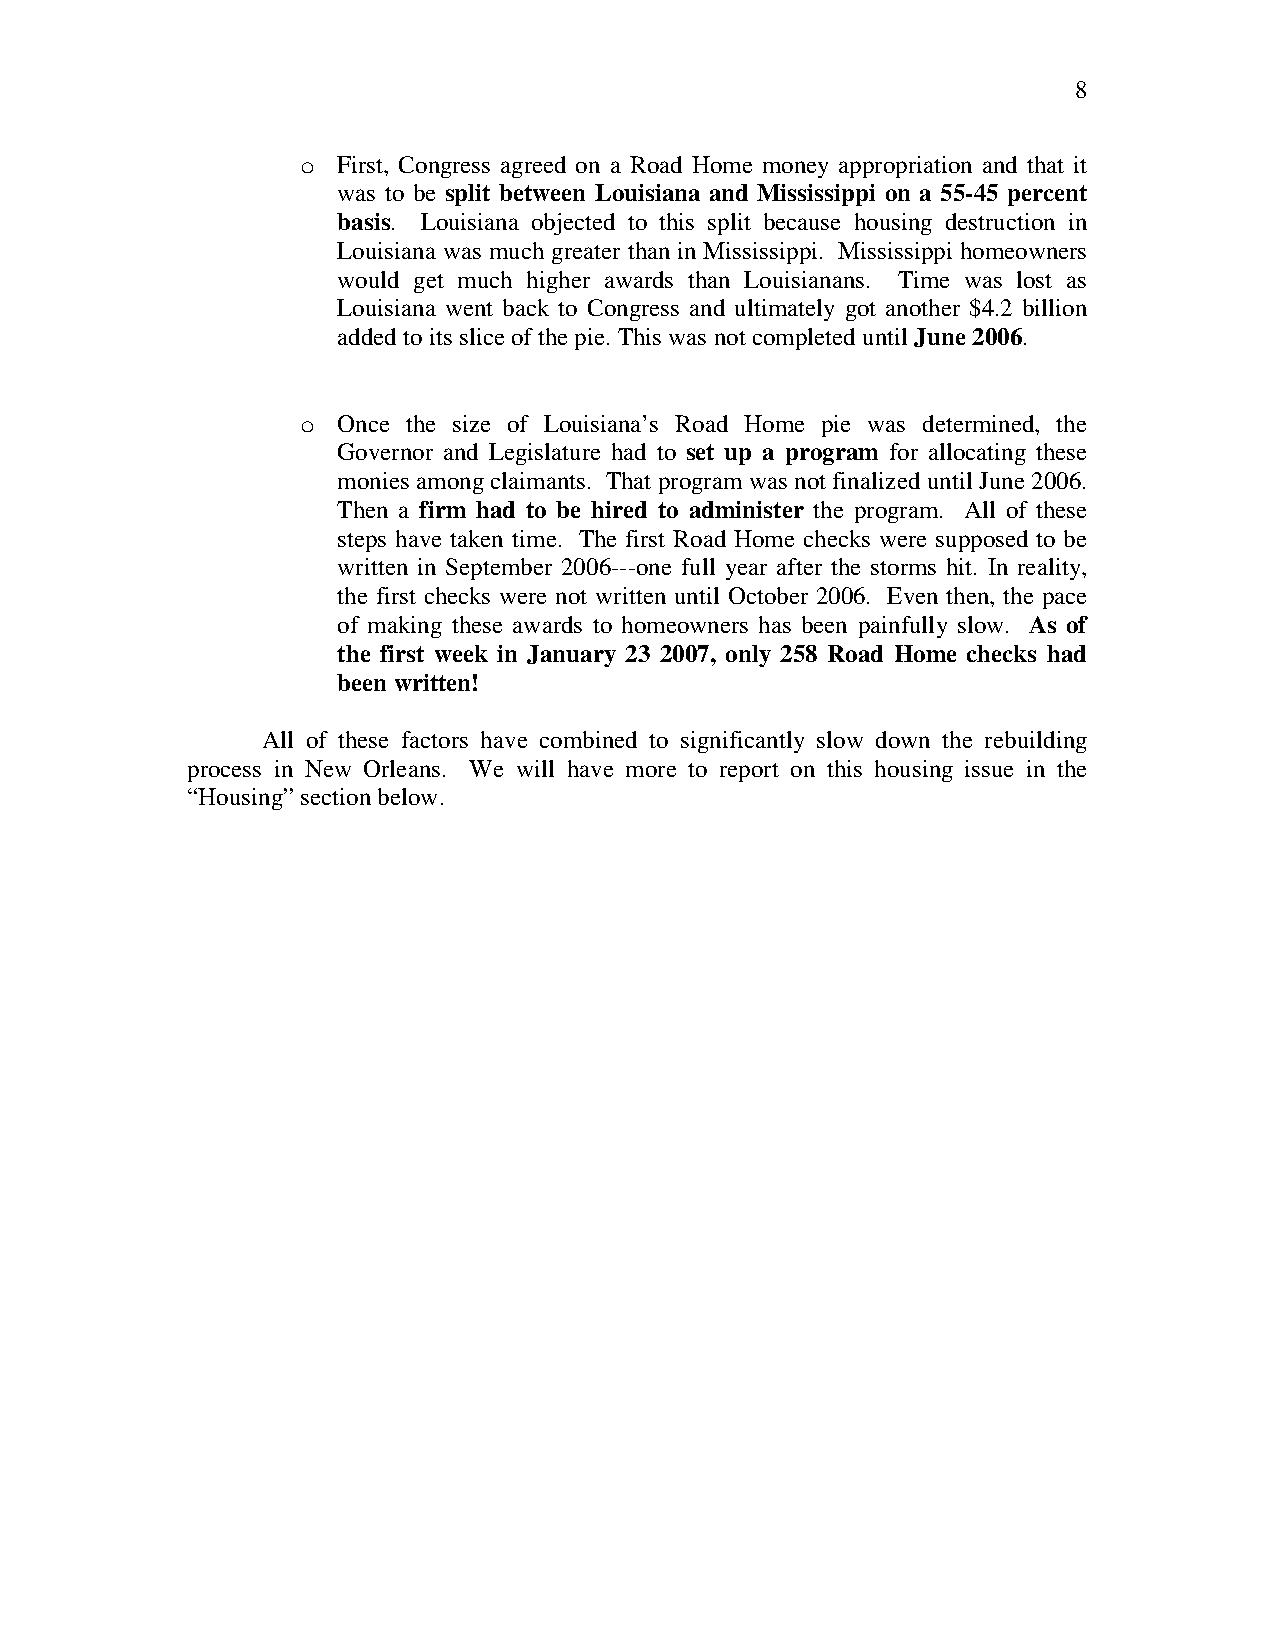
8
 o First, Congress agreed on a Road Home money appropriation and that it
 was to be split between Louisiana and Mississippi on a 55-45 percent
 basis. Louisiana objected to this split because housing destruction in
 Louisiana was much greater than in Mississippi. Mississippi homeowners
 would get much higher awards than Louisianans. Time was lost as
 Louisiana went back to Congress and ultimately got another $4.2 billion
 added to its slice of the pie. This was not completed until June 2006.
 o Once the size of Louisiana’s Road Home pie was determined, the
 Governor and Legislature had to set up a program for allocating these
 monies among claimants. That program was not finalized until June 2006.
 Then a firm had to be hired to administer the program. All of these
 steps have taken time. The first Road Home checks were supposed to be
 written in September 2006---one full year after the storms hit. In reality,
 the first checks were not written until October 2006. Even then, the pace
 of making these awards to homeowners has been painfully slow. As of
 the first week in January 23 2007, only 258 Road Home checks had
 been written!
 All of these factors have combined to significantly slow down the rebuilding
 process in New Orleans. We will have more to report on this housing issue in the
 “Housing” section below.